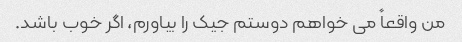
من واقعاً می خواهم دوستم جیک را بیاورم، اگر خوب باشد.